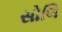
સોલિ